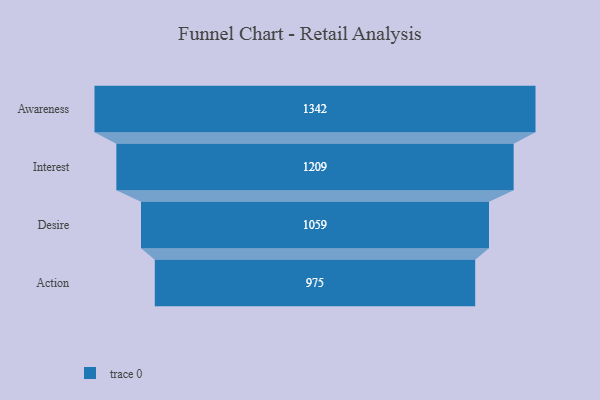
{"axis": {"x": "Stage", "y": "Value"}, "legend": [""], "data": [{"x": "Awareness", "y": 1342.0, "type": ""}, {"x": "Interest", "y": 1209.0, "type": ""}, {"x": "Desire", "y": 1059.0, "type": ""}, {"x": "Action", "y": 975.0, "type": ""}]}